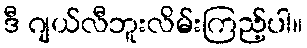
ဒီ ဂျယ်လီဘူးလိမ်းကြည့်ပါ။